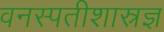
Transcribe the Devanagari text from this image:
वनस्पतीशास्रज्ञ